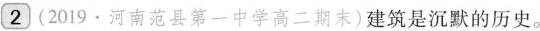
2(2019·河南范县第一中学高二期末)建筑是沉默的历史。